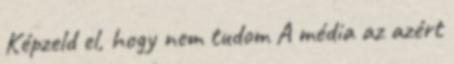
Képzeld el, hogy nem tudom A média az azért